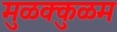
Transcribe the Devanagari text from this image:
मुळक्कुळम